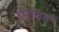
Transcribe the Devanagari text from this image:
पैनीवर्थ